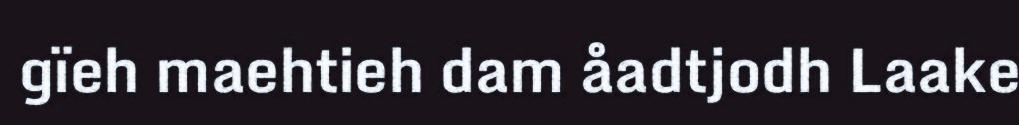
gïeh maehtieh dam åadtjodh Laake